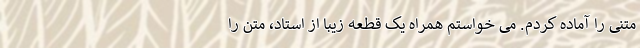
متنی را آماده کردم. می خواستم همراه یک قطعه زیبا از استاد، متن را